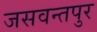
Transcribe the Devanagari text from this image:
जसवन्तपुर